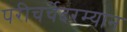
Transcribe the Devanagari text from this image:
परीचर्चेदरम्यान